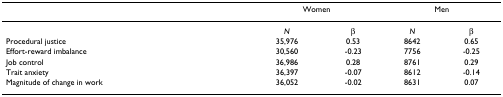
|  | <COLSPAN=2> Women | <COLSPAN=2> Men |
 | --- | --- | --- | --- | --- |
 |  | N | β | N | β |
 | Procedural justice | 35,976 | 0.53 | 8642 | 0.65 |
 | Effort-reward imbalance | 30,560 | -0.23 | 7756 | -0.25 |
 | Job control | 36,986 | 0.28 | 8761 | 0.29 |
 | Trait anxiety | 36,397 | -0.07 | 8612 | -0.14 |
 | Magnitude of change in work | 36,052 | -0.02 | 8631 | 0.07 |